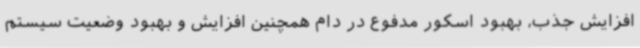
افزایش جذب، بهبود اسکور مدفوع در دام همچنین افزایش و بهبود وضعیت سیستم